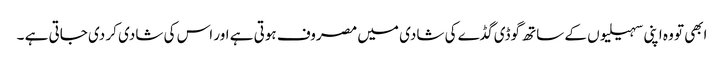
ابھی تو وہ اپنی سہیلیوں کے ساتھ گوڈی گڈے کی شادی میں مصروف ہوتی ہے اور اس کی شادی کر دی جاتی ہے ۔